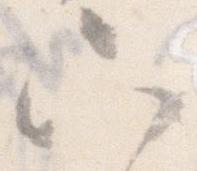
六